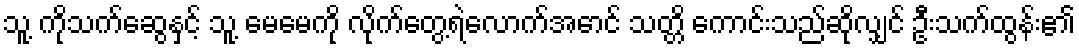
သူ့ ကိုသက်ဆွေနှင့် သူ့ မေမေကို လိုက်တွေ့ရဲလောက်အောင် သတ္တိ ကောင်းသည်ဆိုလျှင် ဦးသက်ထွန်း၏